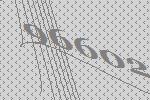
96602